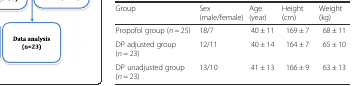
<table><thead><tr><td><b>Group</b></td><td><b>Sex (male/female)</b></td><td><b>Age (year)</b></td><td><b>Height (cm)</b></td><td><b>Weight (kg)</b></td></tr></thead><tbody><tr><td>Propofol group (<i>n</i> = 25)</td><td>18/7</td><td>40 ± 11</td><td>169 ± 7</td><td>68 ± 11</td></tr><tr><td>DP adjusted group (<i>n</i> = 23)</td><td>12/11</td><td>40 ± 14</td><td>164 ± 7</td><td>65 ± 10</td></tr><tr><td>DP unadjusted group (<i>n</i> = 23)</td><td>13/10</td><td>41 ± 13</td><td>166 ± 9</td><td>63 ± 13</td></tr></tbody></table>